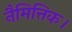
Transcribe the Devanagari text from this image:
नैमित्तिक।